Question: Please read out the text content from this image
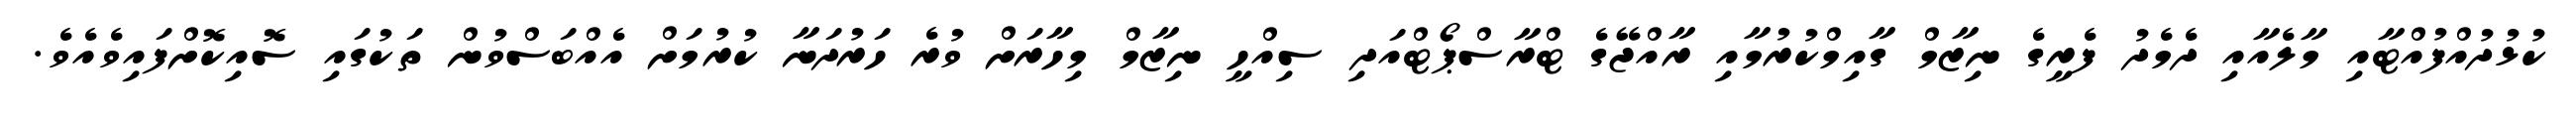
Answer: ކުޅުދުއްފުއްޓާއި މާލެއާއި ދެމެދު ފެރީގެ ނިޒާމް ގާއިމްކުރުމާއި ރާއްޖޭގެ ޓްރާސްޕޯޓްއަދި ސިއްހީ ނިޒާމް މިހާރަށް ވުރެ ހަރުދަނާ ކުރުމަށް އެއްބަސްވުން ތަކުގައި ސޮއިކޮށްފައިވެއެވެ.